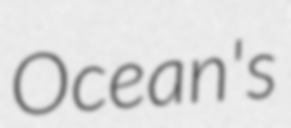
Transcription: Ocean's